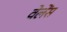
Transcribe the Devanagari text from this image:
वेलेंस